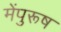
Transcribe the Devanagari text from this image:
मेंपुरूष